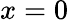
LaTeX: x=0